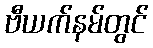
ဗီယက်နမ်တွင်